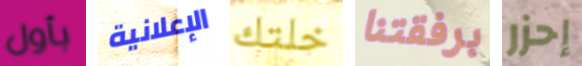
بأول الإعلانية خلتك برفقتنا إحزر